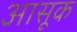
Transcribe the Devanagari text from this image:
आसूक